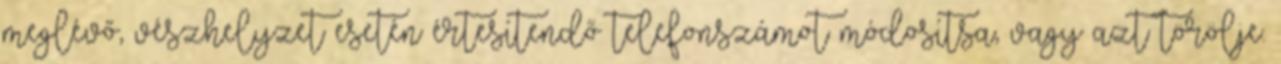
meglévő, vészhelyzet esetén értesítendő telefonszámot módosítsa, vagy azt törölje.